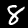
Label: 8